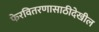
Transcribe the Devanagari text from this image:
फेरवितरणासाठीदेखील